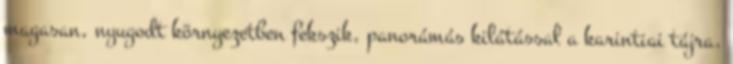
magasan, nyugodt környezetben fekszik, panorámás kilátással a karintiai tájra.